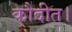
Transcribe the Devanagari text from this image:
कौदीत।